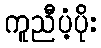
ကူညီပံ့ပိုး